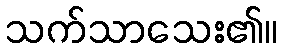
သက်သာသေး၏။